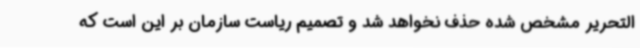
التحریر مشخص شده حذف نخواهد شد و تصمیم ریاست سازمان بر این است که